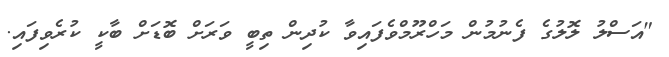
"އަސްލު ލޮލުގެ ފެނުމުން މަހްރޫމްވެފައިވާ ކުދިން ތިބީ ވަރަށް ބޮޑަށް ބާކީ ކުރެވިފައި.